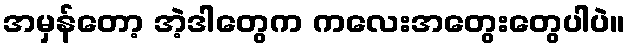
အမှန်တော့ အဲ့ဒါတွေက ကလေးအတွေးတွေပါပဲ။